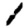
Digit: 1